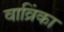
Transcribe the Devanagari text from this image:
वाव्रिंका